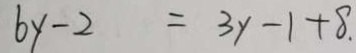
6 y - 2 = 3 y - 1 + 8 .